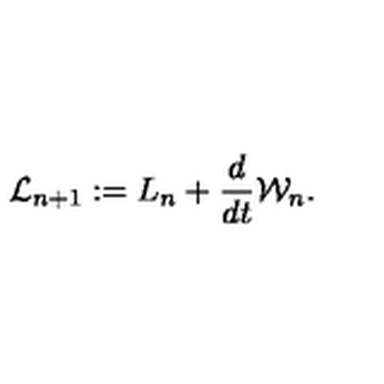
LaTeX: { \cal L } _ { n + 1 } : = L _ { n } + { \frac { d } { d t } } { \cal W } _ { n } .